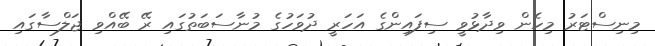
މިނިސްޓަރު މިހެން ވިދާޅުވީ ސިފައިންގެ އަހަރީ ދުވަހުގެ މުނާސަބަތުގައި ރޭ ބޭއްވި ޖަލްސާގައި